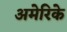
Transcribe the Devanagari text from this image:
अमेरिके